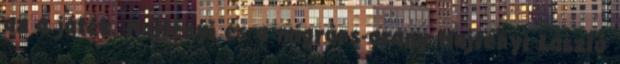
az a játék. Majtényi és a migráns-arany Majtényi László